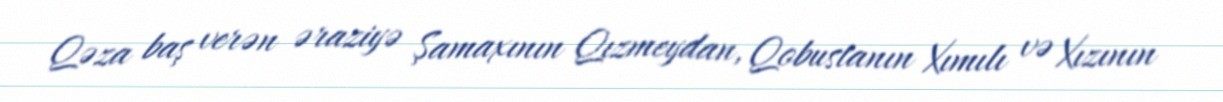
Qəza baş verən əraziyə Şamaxının Qızmeydan, Qobustanın Xımılı və Xızının